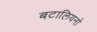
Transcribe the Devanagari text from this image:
बटालियनो